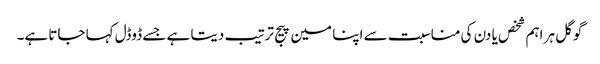
گوگل ہر اہم شخص یا دن کی مناسبت سے اپنا مین پیج ترتیب دیتا ہے جسے ڈوڈل کہا جاتا ہے۔